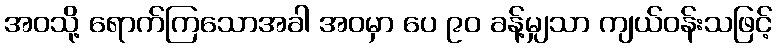
အဝသို့ ရောက်ကြသောအခါ အဝမှာ ပေ ၉၀ ခန့်မျှသာ ကျယ်ဝန်းသဖြင့်